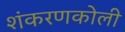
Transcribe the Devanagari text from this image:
शंकरणकोली